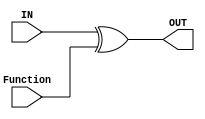
`timescale 1ns / 1ps
//////////////////////////////////////////////////////////////////////////////////
// Company: 
// Engineer: 
// 
// Design Name: 
// Module Name: xor_M
// Project Name: 
// Target Devices: 
// Tool Versions: 
// Description: 
// 
// Dependencies: 
// 
// Revision:
// Revision 0.01 - File Created
// Additional Comments:
// 
//////////////////////////////////////////////////////////////////////////////////


module xor_M(
    output reg [1:32] OUT,
    input [1:32] IN,
    input [1:32] Function
    );
    
    always @(IN or Function)
    begin
    OUT <= IN^Function;
    end
endmodule